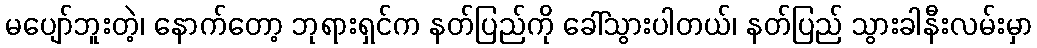
မပျော်ဘူးတဲ့၊ နောက်တော့ ဘုရားရှင်က နတ်ပြည်ကို ခေါ်သွားပါတယ်၊ နတ်ပြည် သွားခါနီးလမ်းမှာ